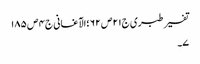
تفسیر طبری ج٢١ص ٦٢ ؛الآغانی ج٤ ص ١٨٥
٧۔